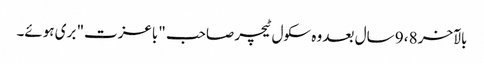
بالآخر 8، 9 سال بعد وہ سکول ٹیچر صاحب "باعزت" بری ہوئے۔